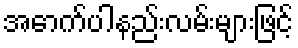
အောက်ပါနည်းလမ်းများဖြင့်